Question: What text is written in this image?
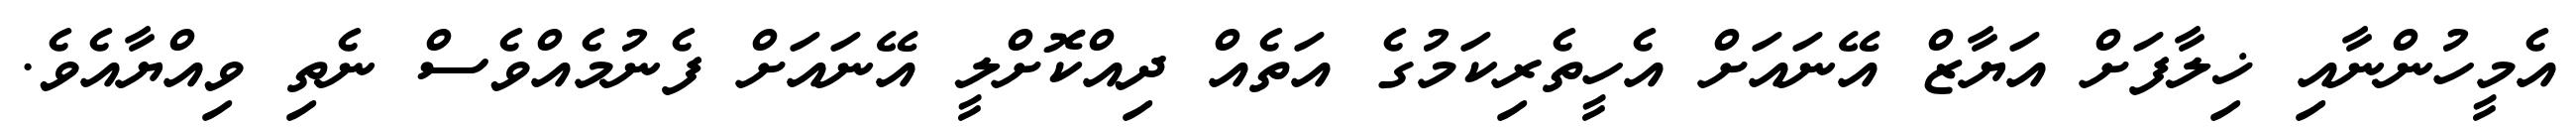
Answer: އެމީހުންނާއި ޚިލާފަށް އަޔާޒް އޭނައަށް އެހީތެރިކަމުގެ އަތެއް ދިއްކޮށްލީ އޭނައަށް ފެނުމެއްވެސް ނެތި ވިއްޔާއެވެ.